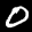
Label: 0